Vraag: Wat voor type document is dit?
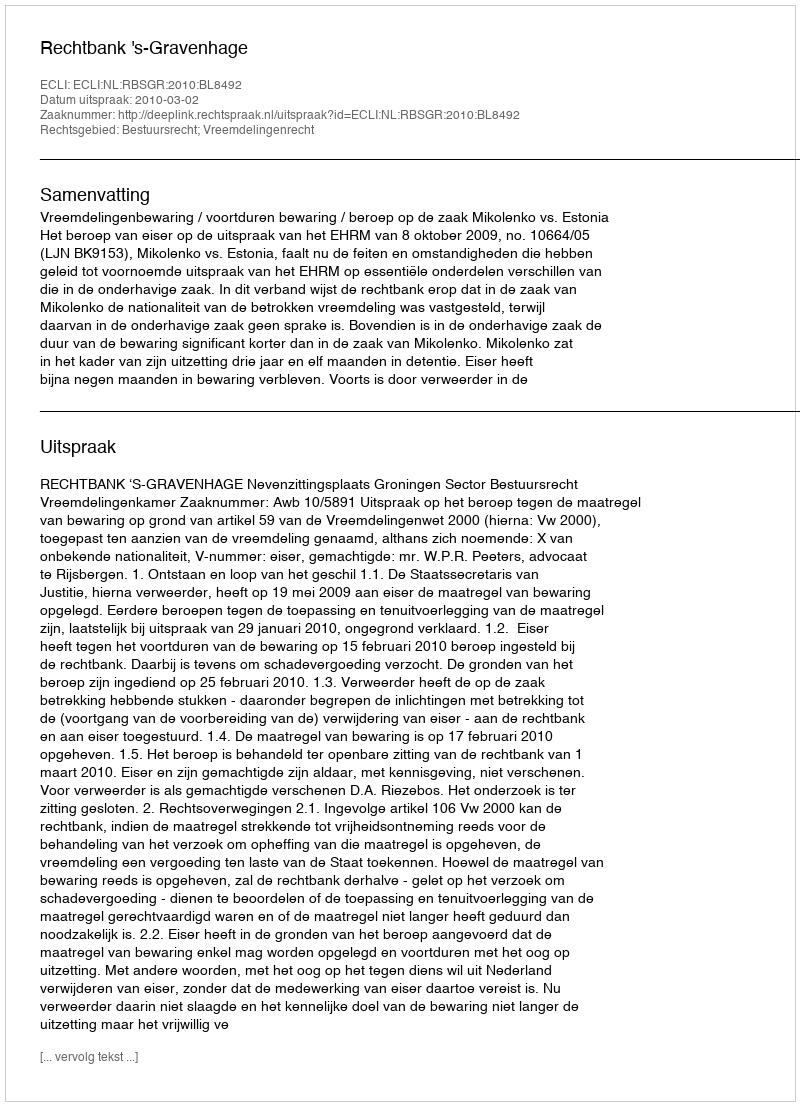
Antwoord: Uitspraak